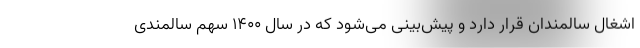
اشغال سالمندان قرار دارد و پیش‌بینی می‌شود که در سال ۱۴۰۰ سهم سالمندی